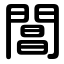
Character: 閶